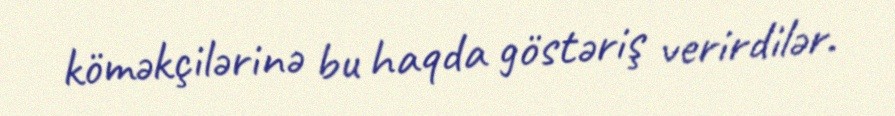
köməkçilərinə bu haqda göstəriş verirdilər.